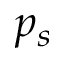
p _ { s }